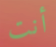
أنت